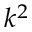
k ^ { 2 }